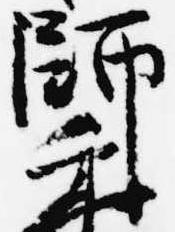
師